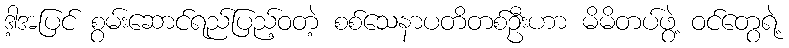
ဒါ့အပြင် စွမ်းဆောင်ရည်ပြည့်ဝတဲ့ စစ်သေနာပတိတစ်ဦးဟာ မိမိတပ်ဖွဲ့ ဝင်တွေရဲ့